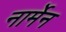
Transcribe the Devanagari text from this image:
नार्मेन